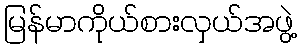
မြန်မာကိုယ်စားလှယ်အဖွဲ့